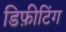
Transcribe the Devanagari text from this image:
डिफ़ीटिंग